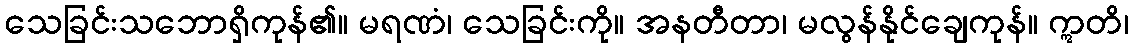
သေခြင်းသဘောရှိကုန်၏။ မရဏံ၊ သေခြင်းကို။ အနတီတာ၊ မလွန်နိုင်ချေကုန်။ ဣတိ၊